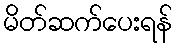
မိတ်ဆက်ပေးရန်